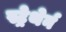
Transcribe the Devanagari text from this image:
स्ट्रेथेर्न